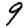
Digit: 9